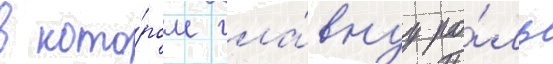
в кото́ром гла́внуу ро́ль